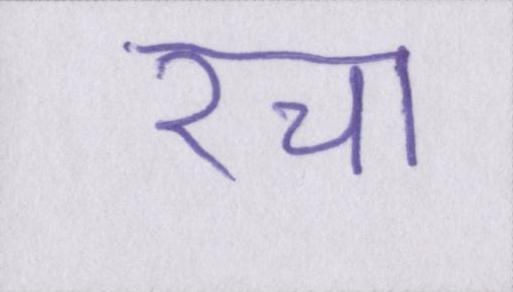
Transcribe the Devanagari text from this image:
रचा